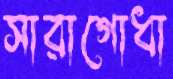
সারাগোধা